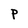
Character: P